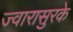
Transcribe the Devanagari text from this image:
ज्वारासुरके